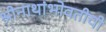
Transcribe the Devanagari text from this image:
श्रीनाथांभोवतीची